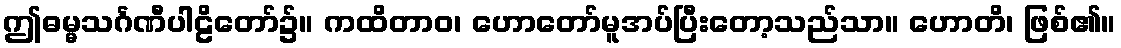
ဤဓမ္မသင်္ဂဏီပါဠိတော်၌။ ကထိတာဝ၊ ဟောတော်မူအပ်ပြီးတော့သည်သာ။ ဟောတိ၊ ဖြစ်၏။